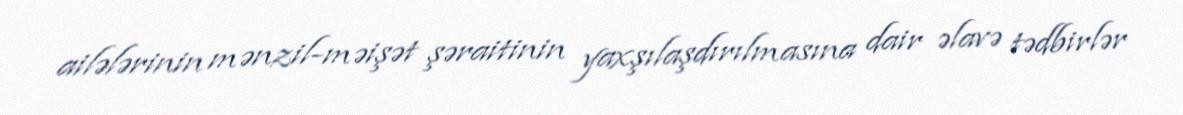
ailələrinin mənzil-məişət şəraitinin yaxşılaşdırılmasına dair əlavə tədbirlər